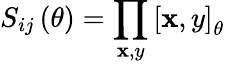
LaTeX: S_{ij}\left(\theta\right)=\prod_{\mathbf{x},y}\left[\mathbf{x},y\right]_{\theta}